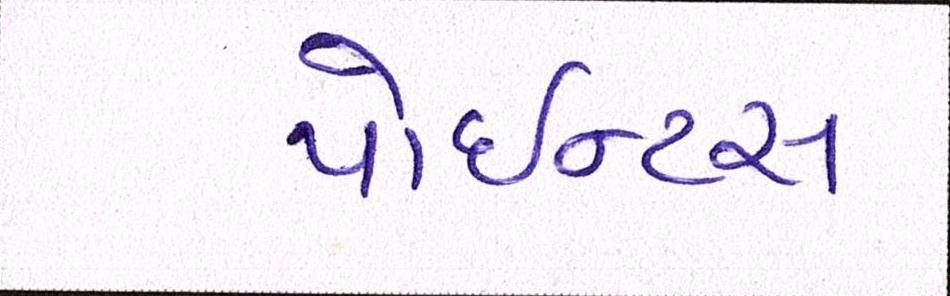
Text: પોઇન્ટસ